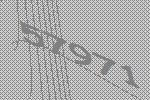
57971